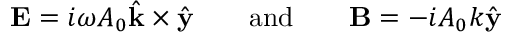
{ \bf E } = i \omega A _ { 0 } \hat { { \bf k } } \times \hat { { \bf y } } \quad \quad \mathrm { a n d } \quad \quad { \bf B } = - i A _ { 0 } k \hat { { \bf y } }